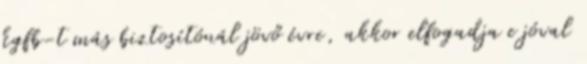
kgfb-t más biztosítónál jövő évre, akkor elfogadja e jóval